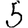
Digit: 5